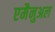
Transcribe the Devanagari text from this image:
एमैनुअल